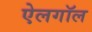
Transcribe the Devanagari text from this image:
ऐलगॉल